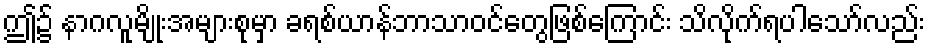
ဤ၌ နာဂလူမျိုးအများစုမှာ ခရစ်ယာန်ဘာသာဝင်တွေဖြစ်ကြောင်း သိလိုက်ရပါသော်လည်း